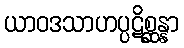
ယာဝဒသာဟပ္ပဋိစ္ဆန္နာ